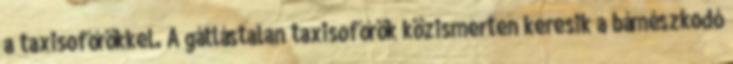
a taxisofőrökkel. A gátlástalan taxisofőrök közismerten keresik a bámészkodó